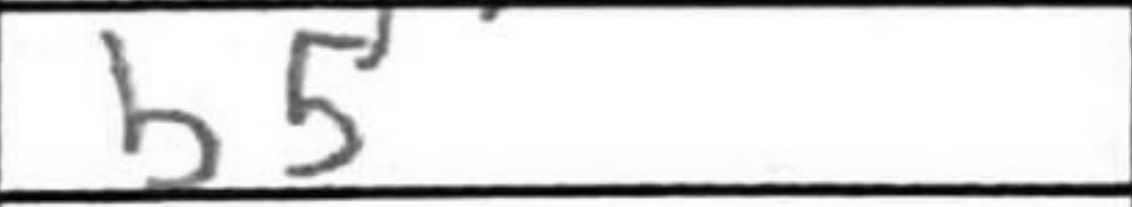
Transcription: b5